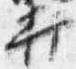
打